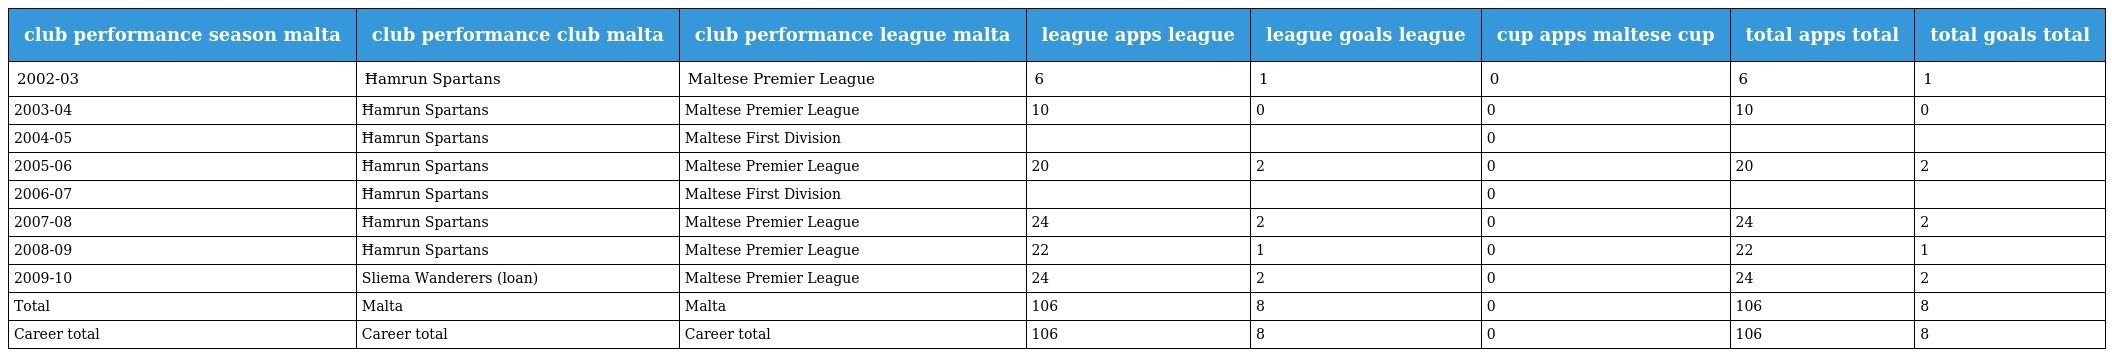
| club performance season malta | club performance club malta | club performance league malta | league apps league | league goals league | cup apps maltese cup | total apps total | total goals total |
 | --- | --- | --- | --- | --- | --- | --- | --- |
 | 2002-03 | Ħamrun Spartans | Maltese Premier League | 6 | 1 | 0 | 6 | 1 |
 | 2003-04 | Ħamrun Spartans | Maltese Premier League | 10 | 0 | 0 | 10 | 0 |
 | 2004-05 | Ħamrun Spartans | Maltese First Division |  |  | 0 |  |  |
 | 2005-06 | Ħamrun Spartans | Maltese Premier League | 20 | 2 | 0 | 20 | 2 |
 | 2006-07 | Ħamrun Spartans | Maltese First Division |  |  | 0 |  |  |
 | 2007-08 | Ħamrun Spartans | Maltese Premier League | 24 | 2 | 0 | 24 | 2 |
 | 2008-09 | Ħamrun Spartans | Maltese Premier League | 22 | 1 | 0 | 22 | 1 |
 | 2009-10 | Sliema Wanderers (loan) | Maltese Premier League | 24 | 2 | 0 | 24 | 2 |
 | Total | Malta | Malta | 106 | 8 | 0 | 106 | 8 |
 | Career total | Career total | Career total | 106 | 8 | 0 | 106 | 8 |